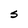
Character: S